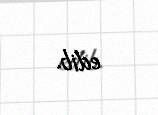
edib.